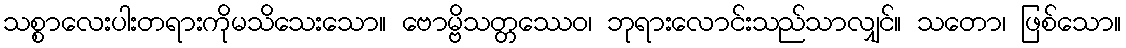
သစ္စာလေးပါးတရားကိုမသိသေးသော။ ဗောမ္ဗိသတ္တဿေဝ၊ ဘုရားလောင်းသည်သာလျှင်။ သတော၊ ဖြစ်သော။